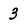
Character: 3